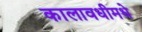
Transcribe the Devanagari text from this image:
कालावधीमधे